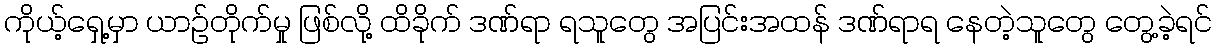
ကိုယ့်ရှေ့မှာ ယာဉ်တိုက်မှု ဖြစ်လို့ ထိခိုက် ဒဏ်ရာ ရသူတွေ အပြင်းအထန် ဒဏ်ရာရ နေတဲ့သူတွေ တွေ့ခဲ့ရင်